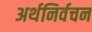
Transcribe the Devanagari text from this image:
अर्थनिर्वचन